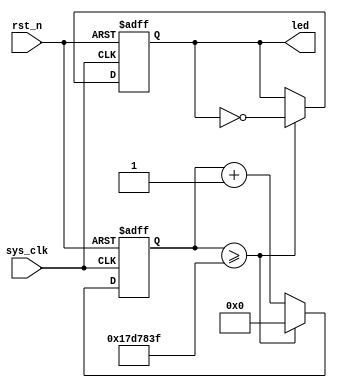
`timescale 1ns / 1ps
//////////////////////////////////////////////////////////////////////////////////
// Company: 
// Engineer: 
// 
// Design Name: 
// Module Name: led
// Project Name: 
// Target Devices: 
// Tool Versions: 
// Description: 
// 
// Dependencies: 
// 
// Revision:
// Revision 0.01 - File Created
// Additional Comments:
// 
//////////////////////////////////////////////////////////////////////////////////


module led(
    input sys_clk,
    input rst_n,
    output reg[3:0] led
    );
reg[31:0] timer_cnt;
always@(posedge sys_clk or negedge rst_n)
begin
    if(!rst_n)
    begin
        led <= 4'd0;
        timer_cnt <= 32'd0;
    end
    else if(timer_cnt >= 32'd24_999_999)
    begin
        led <= ~led;
        timer_cnt <= 32'd0;
    end
    else
    begin
        led<=led;
        timer_cnt<=timer_cnt + 32'd1;
    end
end

endmodule